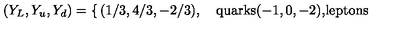
( Y _ { L } , Y _ { u } , Y _ { d } ) = \left\{ \begin{matrix} { ( 1 / 3 , 4 / 3 , - 2 / 3 ) , \quad } & { \mathrm { q u a r k s } \hfill } \\ { } & { } \\ { ( - 1 , 0 , - 2 ) , } & { \mathrm { l e p t o n s } } \\ \end{matrix} \right.